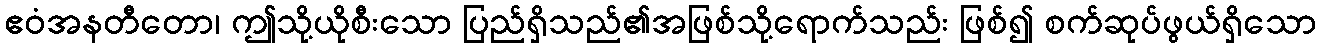
ဧဝံအနတီတော၊ ဤသို့ယိုစီးသော ပြည်ရှိသည်၏အဖြစ်သို့ရောက်သည်း ဖြစ်၍ စက်ဆုပ်ဖွယ်ရှိသော